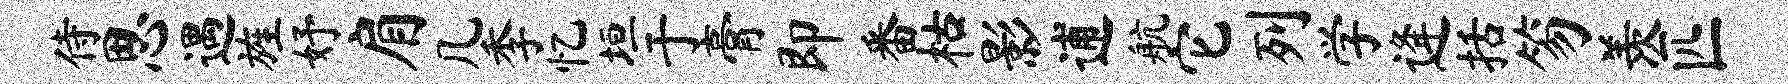
侍思遇旌妤肩几季忆垣于膏即番枯影逋航它列学逄括笏羡匹